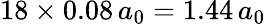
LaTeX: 18\times 0.08\, a_{0}=1.44\, a_{0}